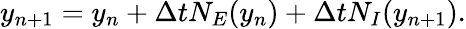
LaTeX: y_{n+1}=y_{n}+\Delta tN_{E}(y_{n})+\Delta tN_{I}(y_{n+1}).